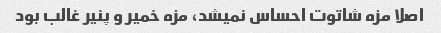
اصلا مزه شاتوت احساس نمیشد، مزه خمیر و پنیر غالب بود